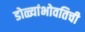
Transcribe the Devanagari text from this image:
डोळ्यांभोवतिची